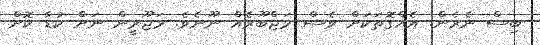
ބިސް ނެރެން. އެއްގޮތަކަށް ވެސް މަޖްބޫރެއް ނޫނެވެ. މަޖޫރީން ނަށް ކުޑާ ކޮށް